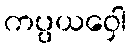
ကပ္ပယဝှေါ